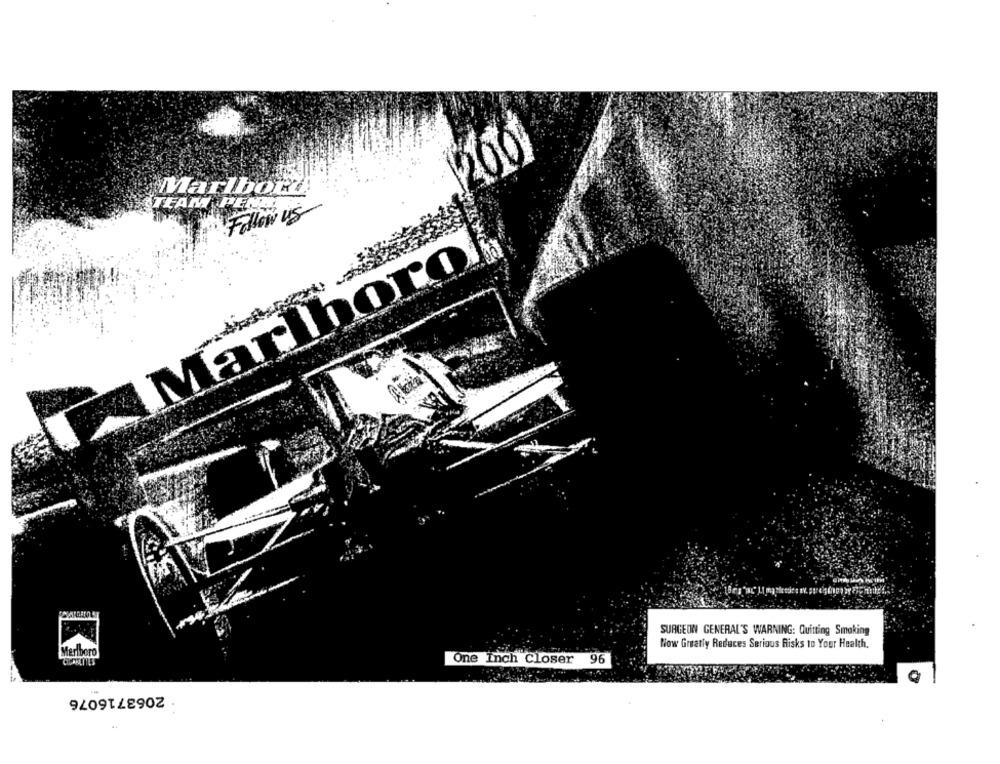
200
Marlbor
TEAM PENA
Follow us
Marlborof
SURGEON GENERAL'S WARNING: Quitting Smoking
Now Greatly Reduces Serious Risks to Your Health.
Marlboro
CIGARETTES
One Inch Closer 96
2063716076